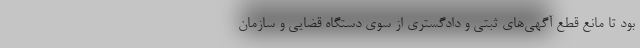
بود تا مانع قطع آگهی‌های ثبتی و دادگستری از سوی دستگاه قضایی و سازمان